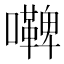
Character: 𭌢